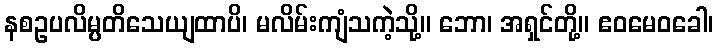
နစဥပလိမ္ပတိသေယျထာပိ၊ မလိမ်းကျံသကဲ့သို့။ ဘော၊ အရှင်တို့။ ဧဝမေဝခေါ၊